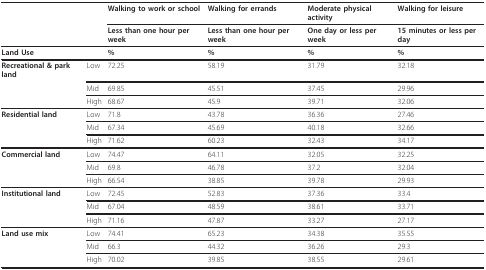
<table><thead><tr><td></td><td></td><td><b>Walking to work or school</b></td><td><b>Walking for errands</b></td><td><b>Moderate physical activity</b></td><td><b>Walking for leisure</b></td></tr><tr><td></td><td></td><td><b>Less than one hour per week</b></td><td><b>Less than one hour per week</b></td><td><b>One day or less per week</b></td><td><b>15 minutes or less per day</b></td></tr></thead><tbody><tr><td colspan="2"><b>Land Use</b></td><td><b>%</b></td><td><b>%</b></td><td><b>%</b></td><td><b>%</b></td></tr><tr><td><b>Recreational &amp; park land</b></td><td>Low</td><td>72.25</td><td>58.19</td><td>31.79</td><td>32.18</td></tr><tr><td></td><td>Mid</td><td>69.85</td><td>45.51</td><td>37.45</td><td>29.96</td></tr><tr><td></td><td>High</td><td>68.67</td><td>45.9</td><td>39.71</td><td>32.06</td></tr><tr><td><b>Residential land</b></td><td>Low</td><td>71.8</td><td>43.78</td><td>36.36</td><td>27.46</td></tr><tr><td></td><td>Mid</td><td>67.34</td><td>45.69</td><td>40.18</td><td>32.66</td></tr><tr><td></td><td>High</td><td>71.62</td><td>60.23</td><td>32.43</td><td>34.17</td></tr><tr><td><b>Commercial land</b></td><td>Low</td><td>74.47</td><td>64.11</td><td>32.05</td><td>32.25</td></tr><tr><td></td><td>Mid</td><td>69.8</td><td>46.78</td><td>37.2</td><td>32.04</td></tr><tr><td></td><td>High</td><td>66.54</td><td>38.85</td><td>39.78</td><td>29.93</td></tr><tr><td><b>Institutional land</b></td><td>Low</td><td>72.45</td><td>52.83</td><td>37.36</td><td>33.4</td></tr><tr><td></td><td>Mid</td><td>67.04</td><td>48.59</td><td>38.61</td><td>33.71</td></tr><tr><td></td><td>High</td><td>71.16</td><td>47.87</td><td>33.27</td><td>27.17</td></tr><tr><td><b>Land use mix</b></td><td>Low</td><td>74.41</td><td>65.23</td><td>34.38</td><td>35.55</td></tr><tr><td></td><td>Mid</td><td>66.3</td><td>44.32</td><td>36.26</td><td>29.3</td></tr><tr><td></td><td>High</td><td>70.02</td><td>39.85</td><td>38.55</td><td>29.61</td></tr></tbody></table>